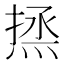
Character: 𰞼